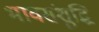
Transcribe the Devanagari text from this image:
भावसंशुद्धि